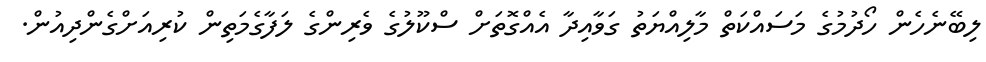
ލިބޭނެހެން ހޯދުމުގެ މަސައްކަތް މާލިއްޔަތު ގަވާއިދާ އެއްގޮތަށް ސްކޫލުގެ ވެރިންގެ ލަފާގެމަތިން ކުރިއަށްގެންދިއުން.